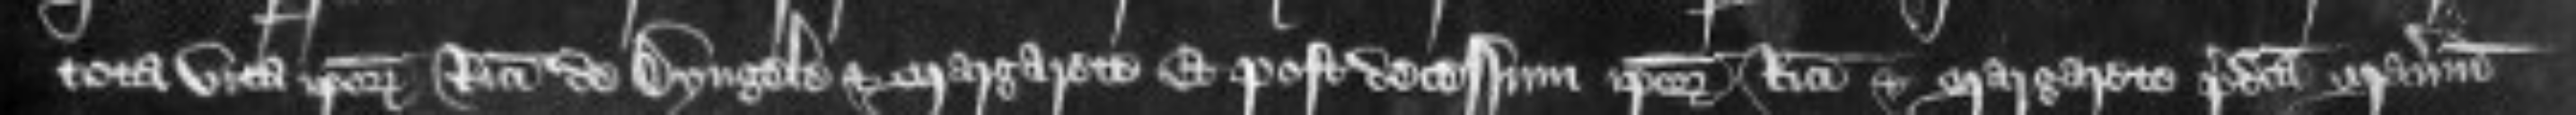
tota vita ipsorum Ricardi de Dyngele et Margarete et post decessum ipsorum Ricardi et Margarete predicta manerium